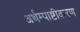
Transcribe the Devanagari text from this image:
अर्थम्पाष्टीकरण